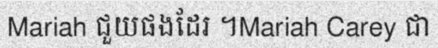
Mariah ជួយផងដែរ ។Mariah Carey ជា